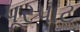
પૂરપાટ